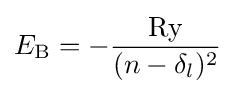
E_{\text{B}}=-{\frac {\rm {Ry}}{(n-\delta _{l})^{2}}}